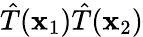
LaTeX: {\hat{T}}(\mathbf{x}_{1}){\hat{T}}(\mathbf{x}_{2})